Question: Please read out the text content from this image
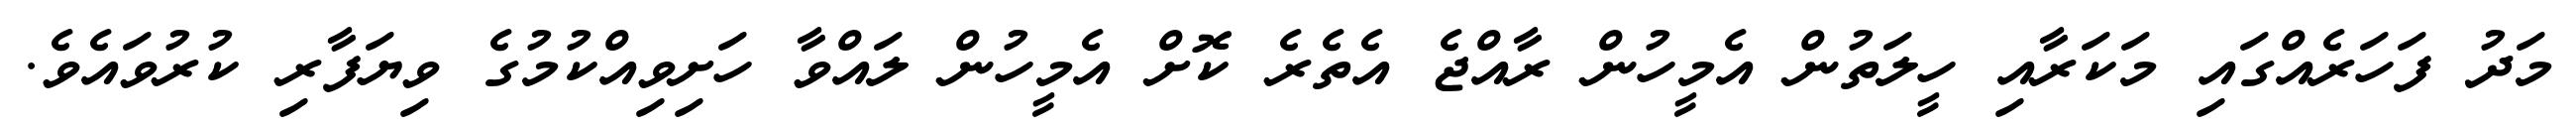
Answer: މަދު ފަހަރެއްގައި މަކަރާއި ހީލަތުން އެމީހުން ރާއްޖެ އެތެރެ ކޮށް އެމީހުން ލައްވާ ހަށިވިއްކުމުގެ ވިޔަފާރި ކުރުވައެވެ.